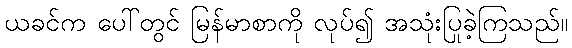
ယခင်က ပေါ်တွင် မြန်မာစာကို လုပ်၍ အသုံးပြုခဲ့ကြသည်။